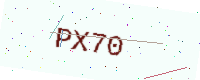
Text: PX70